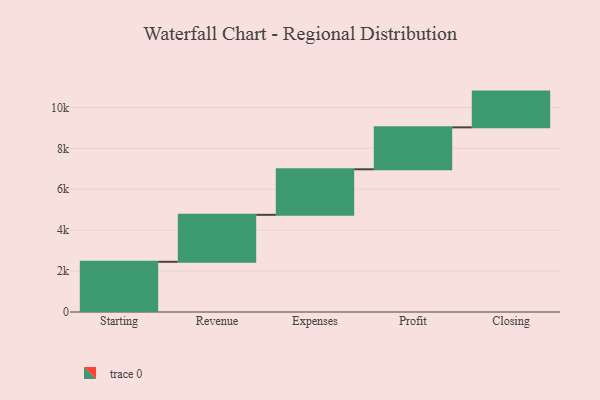
{"axis": {"x": "Step", "y": "Value"}, "legend": [""], "data": [{"x": "Starting", "y": 2454.0, "type": ""}, {"x": "Revenue", "y": 2296.0, "type": ""}, {"x": "Expenses", "y": 2226.0, "type": ""}, {"x": "Profit", "y": 2050.0, "type": ""}, {"x": "Closing", "y": 1748.0, "type": ""}]}